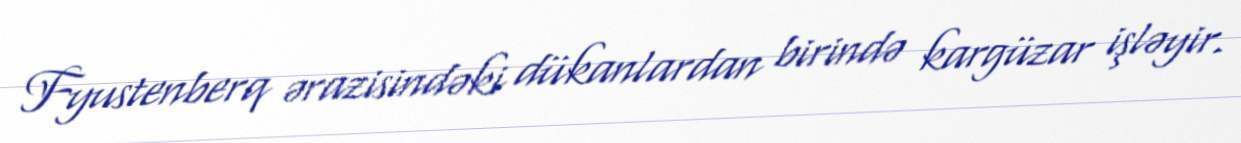
Fyustenberq ərazisindəki dükanlardan birində kargüzar işləyir.